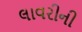
લાવરીની